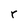
Character: r